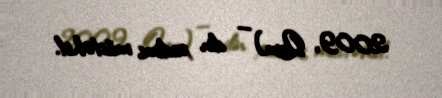
2009, Qum) — din xadimi, müctəhid.